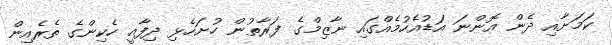
ކަމަށާއި ދެން އޮންނަ އަޑުއެހުމެއްގައި ނާޒިމްގެ ފަރާތުން ހުށަހެޅި ދިފާއީ ހެކިންގެ ތެރެއިން